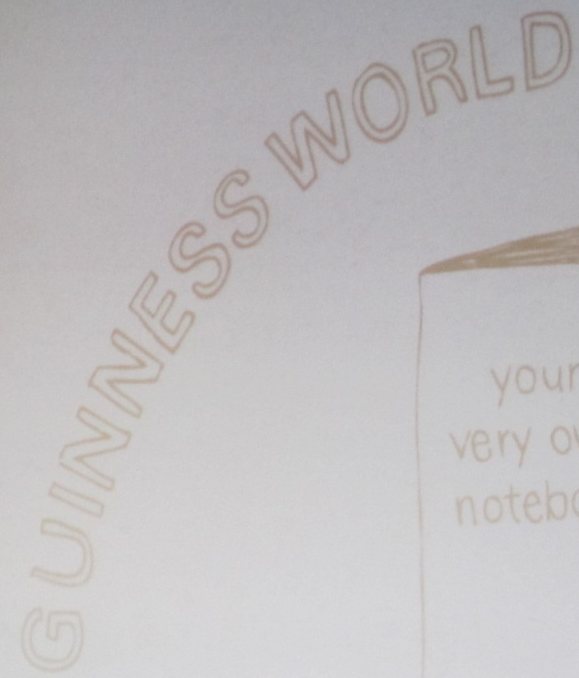
GUINNESS WORLD